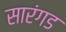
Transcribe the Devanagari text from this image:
सारंगड